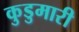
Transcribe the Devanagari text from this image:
कुडुमारी